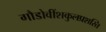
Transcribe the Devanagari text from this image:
गौडोवींशकुलप्रशस्ति